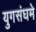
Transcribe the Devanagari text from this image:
युगसंघमे